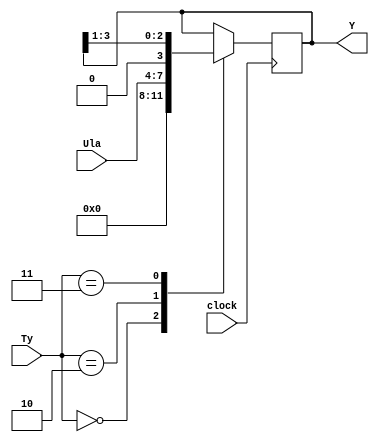
module RegistradorY(clock,Ty,Y,Ula);

input wire [3:0] Ula;
input clock;
input wire [3:0] Ty;
output reg [3:0] Y;

parameter CLEAR = 4'd0;
parameter HOLD = 4'd1;
parameter LOAD = 4'd2;
parameter SHFTR = 4'd3;

always @(posedge clock)begin
	case(Ty)
		CLEAR:begin
			Y = 4'd0;
		end
		HOLD:begin
			Y = Y;
		end
		LOAD:begin 
			Y = Ula;
		end
		SHFTR:begin
			Y = Y>>1;
		end
	endcase
end
endmodule